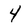
Character: 4